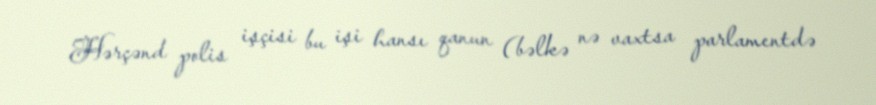
Hərçənd polis işçisi bu işi hansı qanun (bəlkə nə vaxtsa parlamentdə